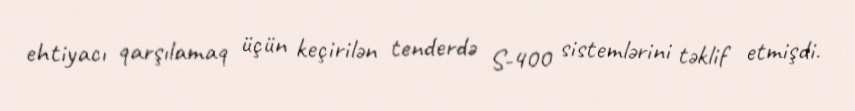
ehtiyacı qarşılamaq üçün keçirilən tenderdə S-400 sistemlərini təklif etmişdi.